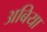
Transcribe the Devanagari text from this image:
अबिया